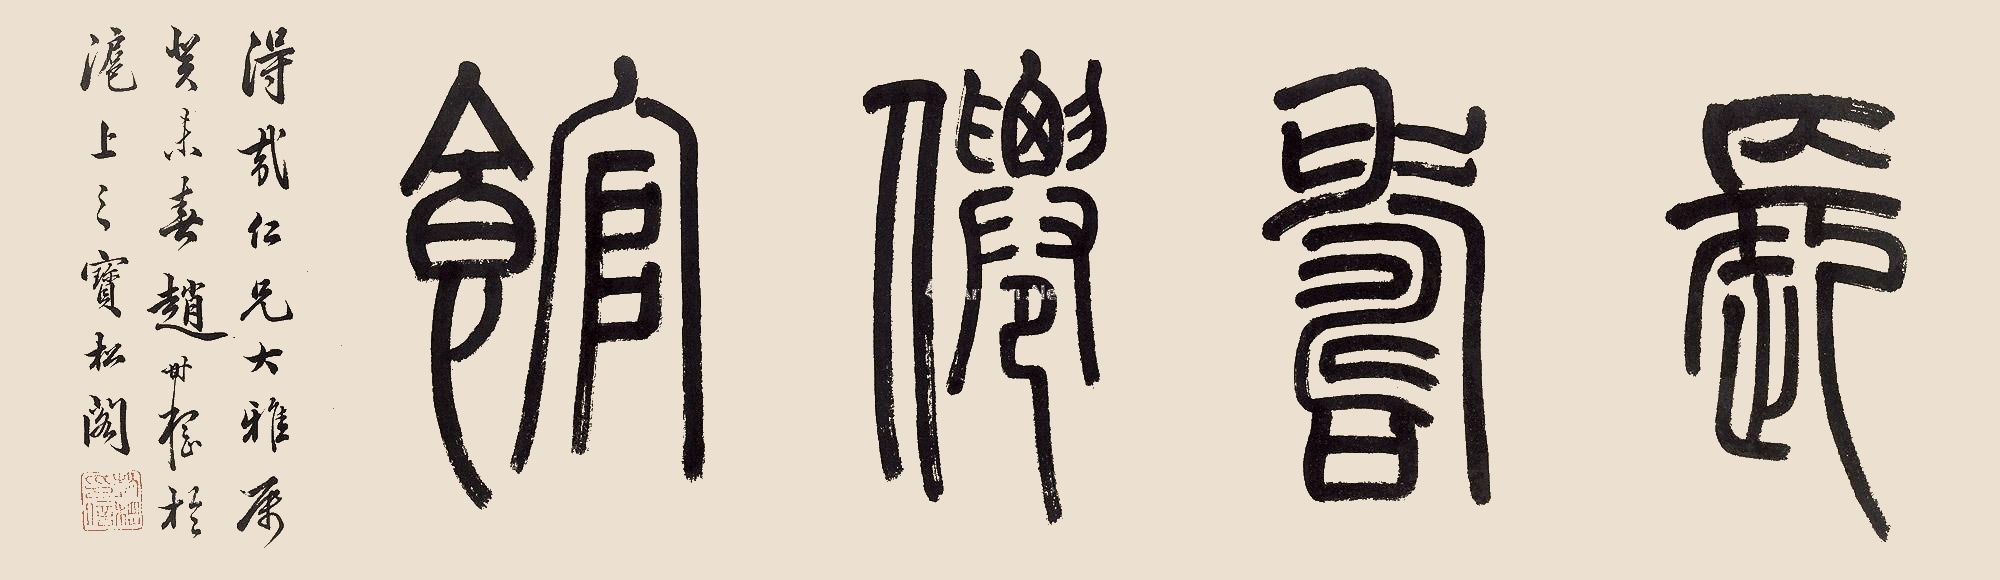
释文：长寿仙馆。得哉仁兄大雅属，癸未春，赵时㭎于沪上之宝松阁。